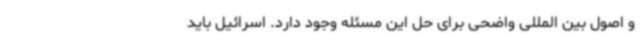
و اصول بین المللی واضحی برای حل این مسئله وجود دارد. اسرائیل باید